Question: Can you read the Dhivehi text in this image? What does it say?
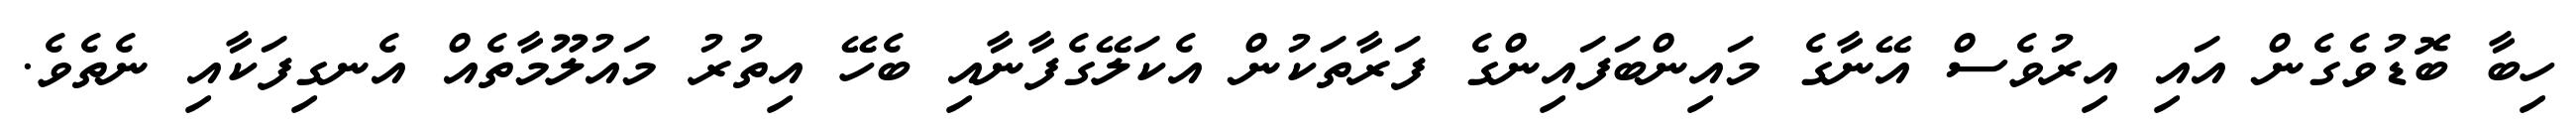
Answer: ހިބާ ބޮޑުވެގެން އައި އިރުވެސް އޭނާގެ މައިންބަފައިންގެ ފަރާތަކުން އެކަލޭގެފާނާއި ބެހޭ އިތުރު މައުލޫމާތެއް އެނގިފަކާއި ނެތެވެ.